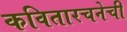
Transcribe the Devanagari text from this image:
कवितारचनेची